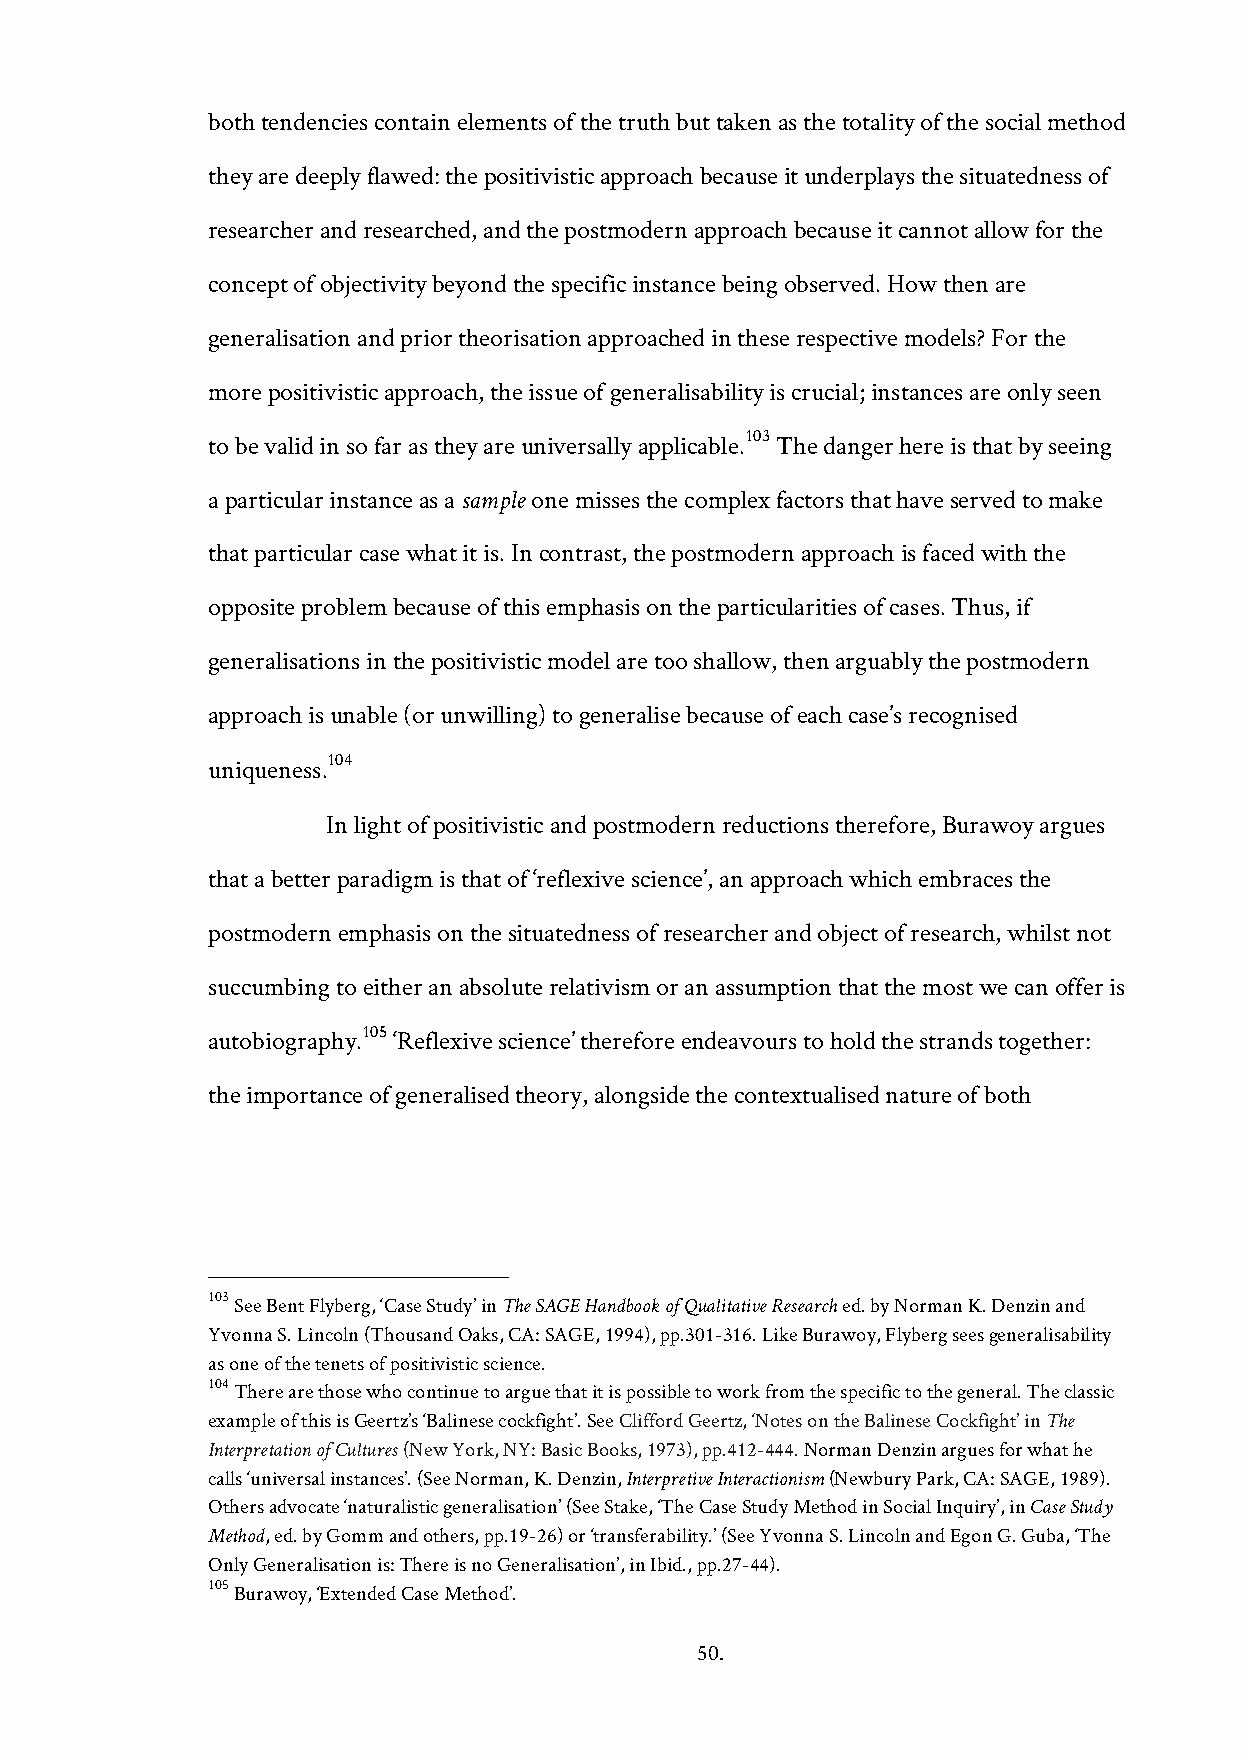
both tendencies contain elements of the truth but taken as the totality of the social method
 they are deeply flawed: the positivistic approach because it underplays the situatedness of
 researcher and researched, and the postmodern approach because it cannot allow for the
 concept of objectivity beyond the specific instance being observed. How then are
 generalisation and prior theorisation approached in these respective models? For the
 more positivistic approach, the issue of generalisability is crucial; instances are only seen
 103
 to be valid in so far as they are universally applicable. The danger here is that by seeing
 a particular instance as a sample one misses the complex factors that have served to make
 that particular case what it is. In contrast, the postmodern approach is faced with the
 opposite problem because of this emphasis on the particularities of cases. Thus, if
 generalisations in the positivistic model are too shallow, then arguably the postmodern
 approach is unable (or unwilling) to generalise because of each case’s recognised
 104
 uniqueness.
 In light of positivistic and postmodern reductions therefore, Burawoy argues
 that a better paradigm is that of ‘reflexive science’, an approach which embraces the
 postmodern emphasis on the situatedness of researcher and object of research, whilst not
 succumbing to either an absolute relativism or an assumption that the most we can offer is
 105
 autobiography. ‘Reflexive science’ therefore endeavours to hold the strands together:
 the importance of generalised theory, alongside the contextualised nature of both
 103 See Bent Flyberg, ‘Case Study’ in The SAGE Handbook of Qualitative Research ed. by Norman K. Denzin and
 Yvonna S. Lincoln (Thousand Oaks, CA: SAGE, 1994), pp.301-316. Like Burawoy, Flyberg sees generalisability
 as one of the tenets of positivistic science.
 104 There are those who continue to argue that it is possible to work from the specific to the general. The classic
 example of this is Geertz’s ‘Balinese cockfight’. See Clifford Geertz, ‘Notes on the Balinese Cockfight’ in The
 Interpretation of Cultures (New York, NY: Basic Books, 1973), pp.412-444. Norman Denzin argues for what he
 calls ‘universal instances’. (See Norman, K. Denzin, Interpretive Interactionism (Newbury Park, CA: SAGE, 1989).
 Others advocate ‘naturalistic generalisation’ (See Stake, ‘The Case Study Method in Social Inquiry’, in Case Study
 Method, ed. by Gomm and others, pp.19-26) or ‘transferability.’ (See Yvonna S. Lincoln and Egon G. Guba, ‘The
 Only Generalisation is: There is no Generalisation’, in Ibid., pp.27-44).
 105 Burawoy, ‘Extended Case Method’.
 50.